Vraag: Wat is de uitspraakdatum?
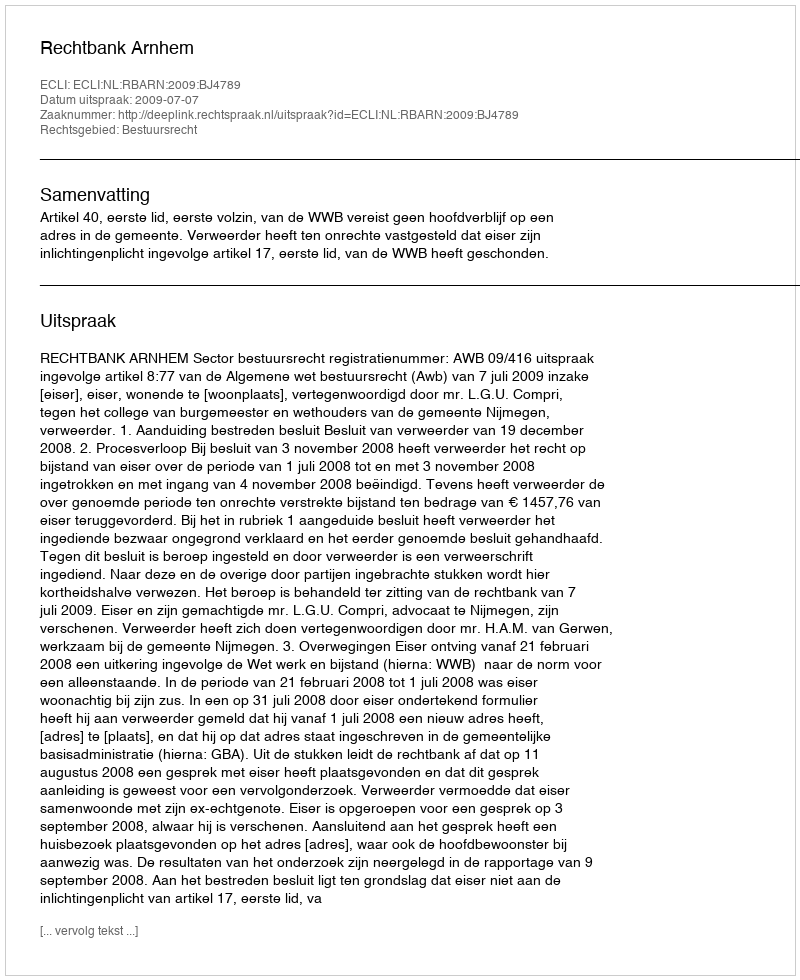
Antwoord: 2009-07-07